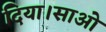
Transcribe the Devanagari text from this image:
दिया।साओ